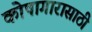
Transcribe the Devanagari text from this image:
कोषागारासाठी